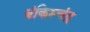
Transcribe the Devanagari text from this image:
बंकिम्चंद्र